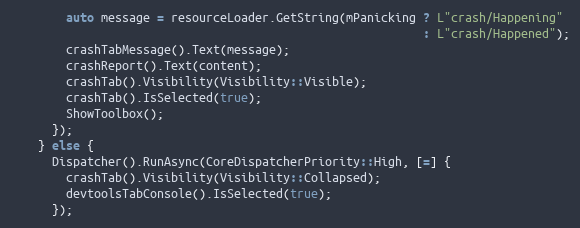
Language: C++
        auto message = resourceLoader.GetString(mPanicking ? L"crash/Happening"
                                                           : L"crash/Happened");
        crashTabMessage().Text(message);
        crashReport().Text(content);
        crashTab().Visibility(Visibility::Visible);
        crashTab().IsSelected(true);
        ShowToolbox();
      });
    } else {
      Dispatcher().RunAsync(CoreDispatcherPriority::High, [=] {
        crashTab().Visibility(Visibility::Collapsed);
        devtoolsTabConsole().IsSelected(true);
      });